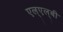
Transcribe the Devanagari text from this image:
एल्‌एल्‌बी